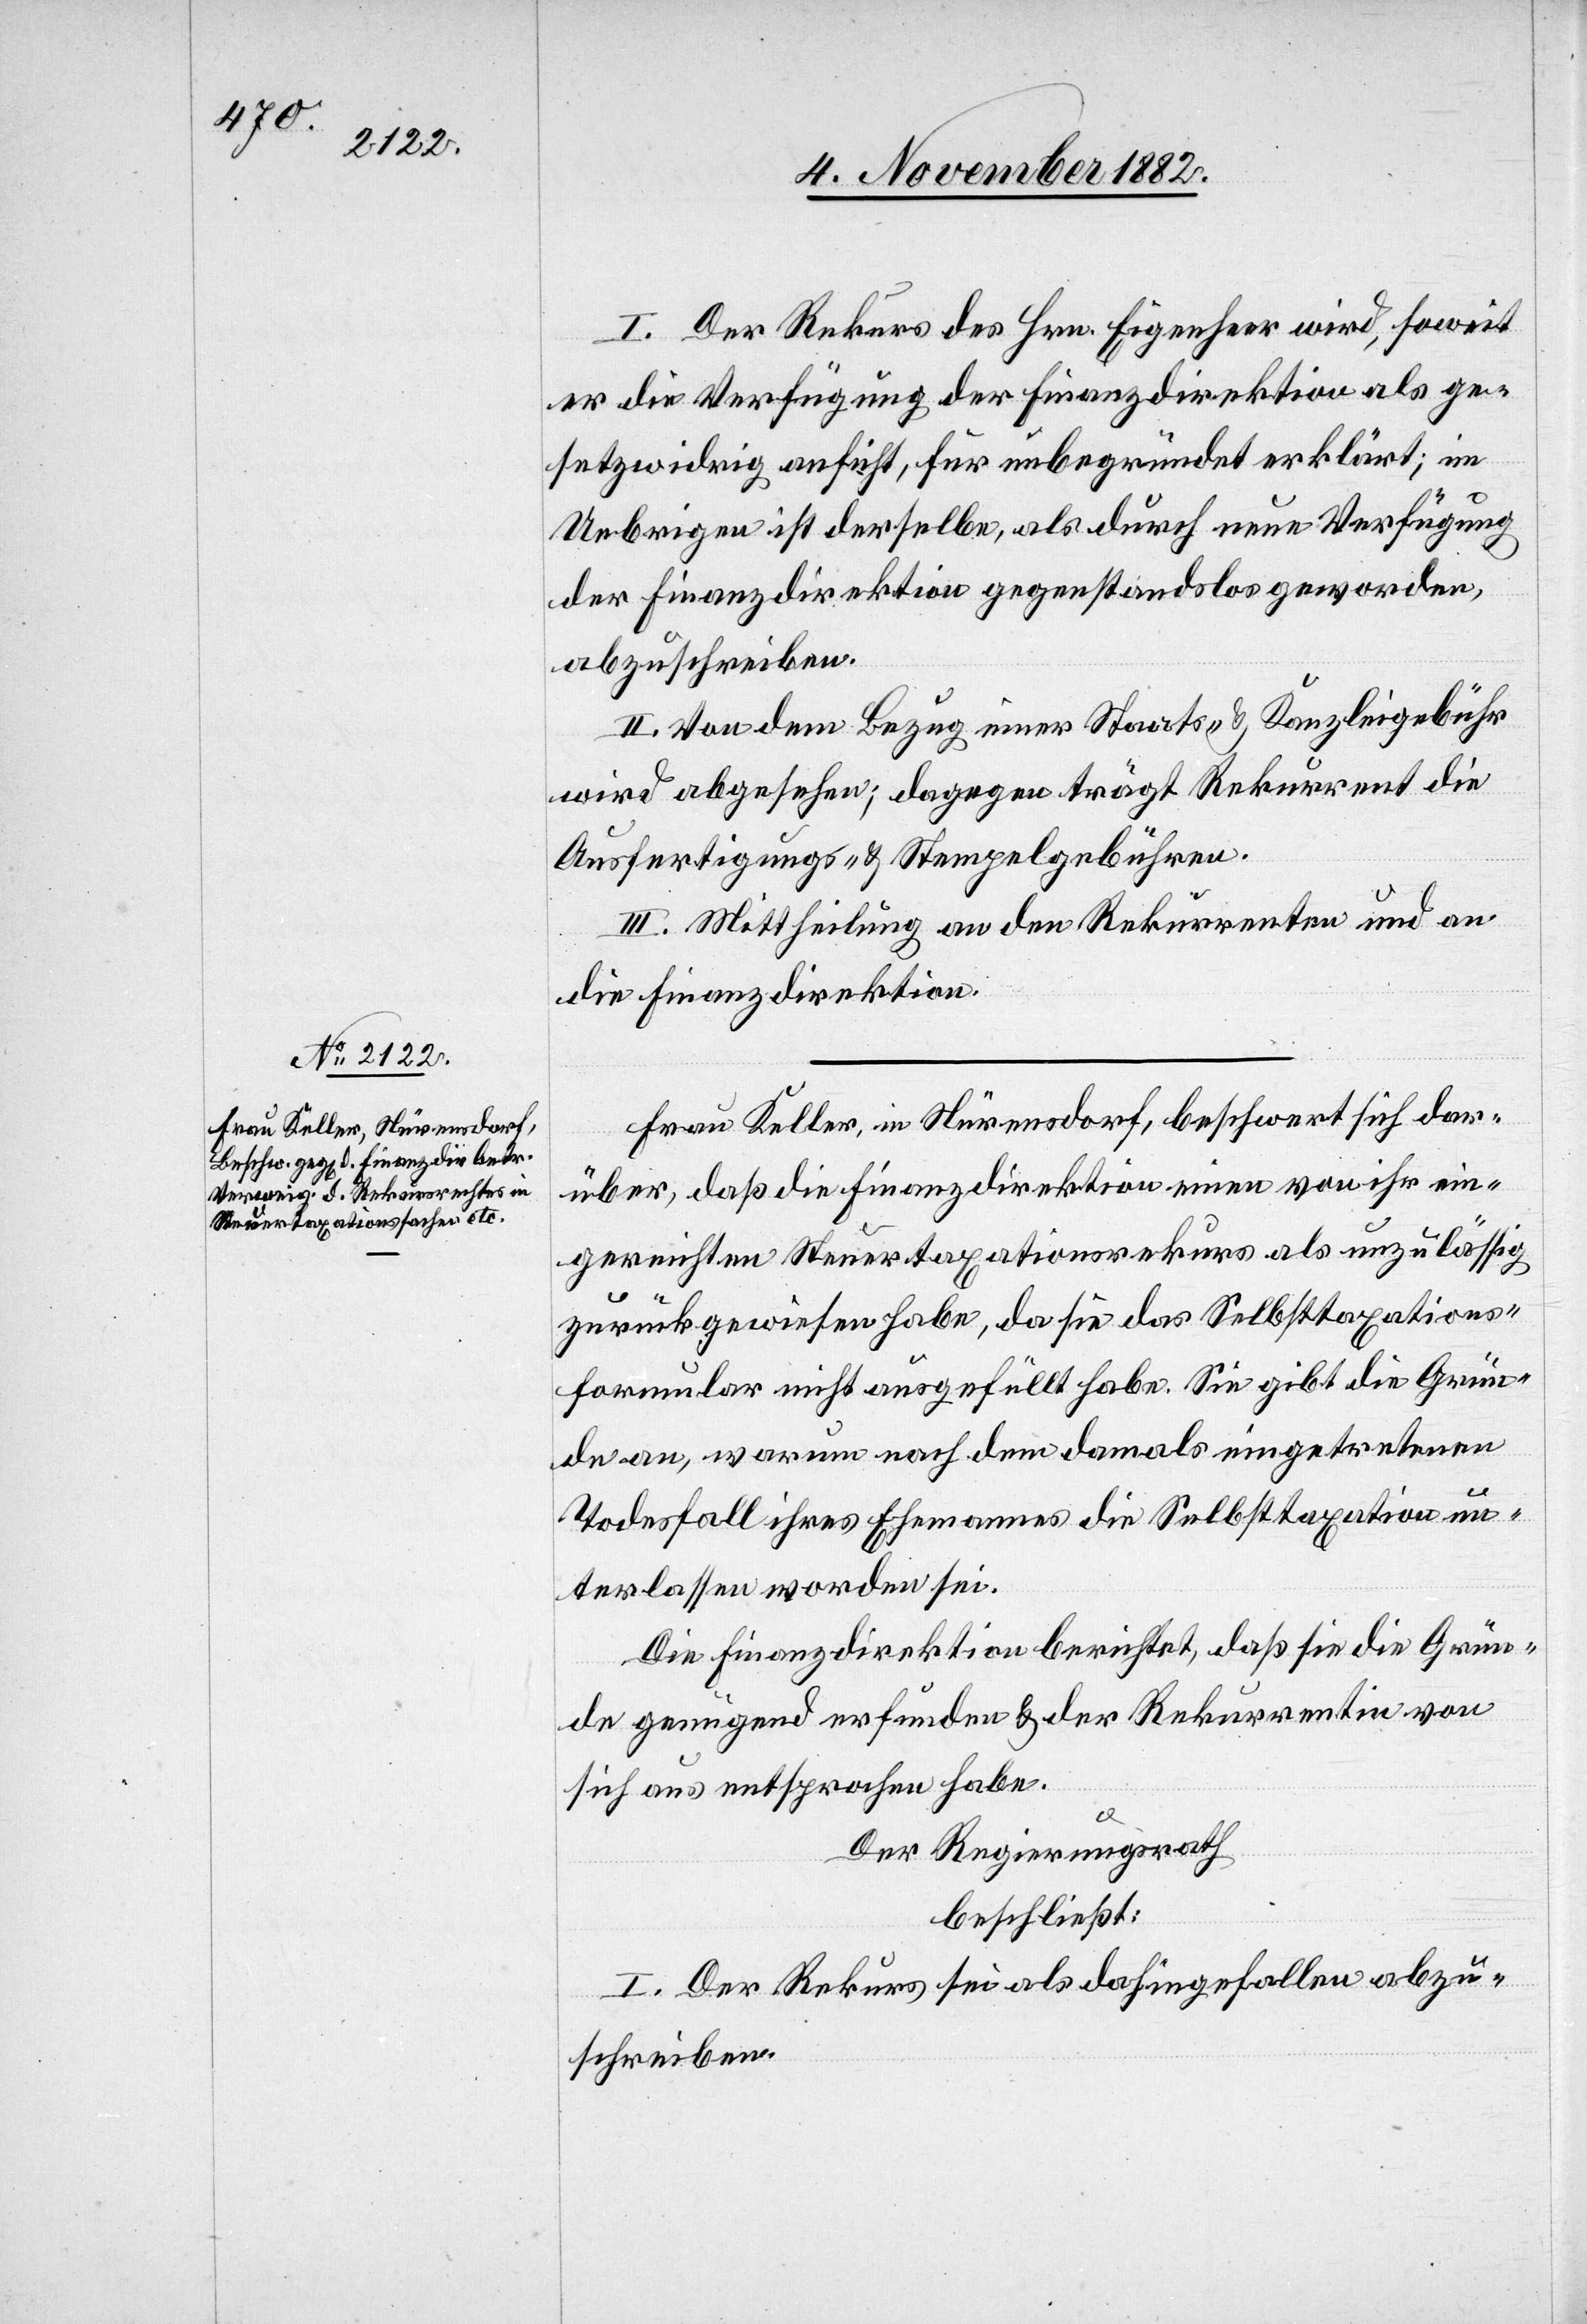
I. Der Rekurs des Hrn. Eigenheer wird, soweit
er die Verfügung der Finanzdirektion als ge¬
setzwidrig ansieht, für unbegründet erklärt; im
Uebrigen ist derselbe, als durch neue Verfügung
der Finanzdirektion gegenstandslos geworden,
abzuschreiben.
II. Von dem Bezug einer Staats- & Kanzleigebühr
wird abgesehen; dagegen trägt Rekurrent die
Ausfertigungs- & Stempelgebühren.
III. Mittheilung an den Rekurrenten und an
die Finanzdirektion.
Frau Keller, in Nürensdorf, beschwert sich dar¬
über, daß die Finanzdirektion einen von ihr ein¬
gereichten Steuertaxationsrekurs als unzulässig
zurückgewiesen habe, da sie das Selbsttaxations¬
formular nicht ausgefüllt habe. Sie gibt die Grün¬
de an, warum nach dem damals eingetretenen
Todesfall ihres Ehemanns die Selbsttaxation un¬
terlassen worden sei.
Die Finanzdirektion berichtet, daß sie die Grün¬
de genügend erfunden & der Rekurrentin von
sich aus entsprochen habe.
Der Regierungsrath
beschließt:
I. Der Rekurs sei als dahingefallen abzu¬
schreiben.